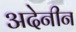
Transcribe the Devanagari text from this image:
अदेनीन